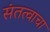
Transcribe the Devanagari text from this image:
संतत्वाचा